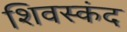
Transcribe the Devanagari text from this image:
शिवस्कंद